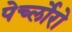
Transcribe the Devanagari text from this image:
पेर्च्लोरो